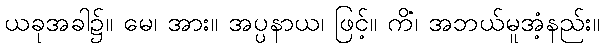
ယခုအခါ၌။ မေ၊ အား။ အပ္ပနာယ၊ ဖြင့်။ ကိံ၊ အဘယ်မူအံ့နည်း။